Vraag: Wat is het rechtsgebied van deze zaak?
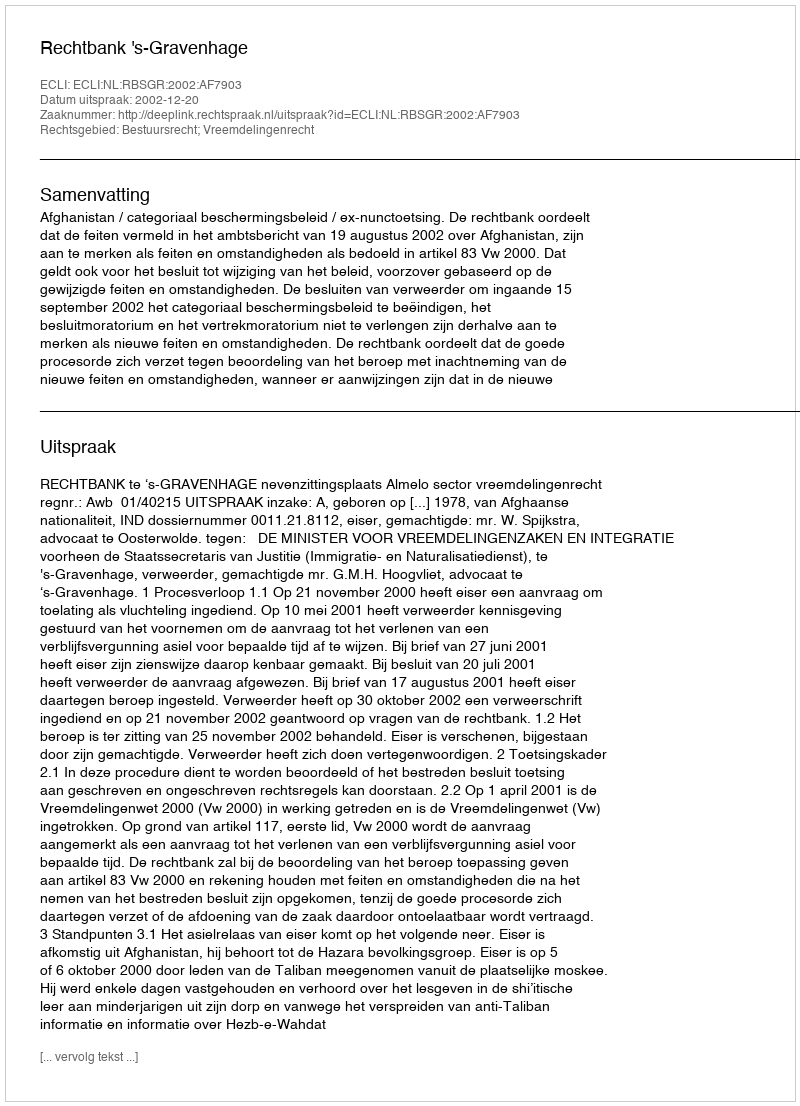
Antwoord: Bestuursrecht; Vreemdelingenrecht